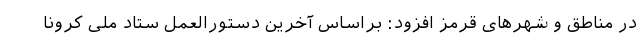
در مناطق و شهرهای قرمز افزود: براساس آخرین دستورالعمل ستاد ملی کرونا